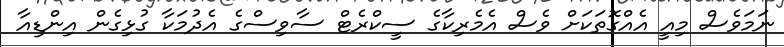
ނަމަވެސް މިއީ އެއްގޮތަކަށް ވެސް އެމެރިކާގެ ސީކްރެޓް ސާވިސްގެ އެދުމަކާ ގުޅިގެން އިންޑިއާ